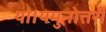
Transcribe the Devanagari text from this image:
था।यमुनोत्तरी